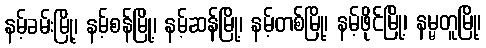
နမ့်ခမ်းမြို့၊ နမ့်စန်မြို့၊ နမ့်ဆန်မြို့၊ နမ့်တစ်မြို့၊ နမ့်ဖိုင်မြို့၊ နမ္မတူမြို့၊